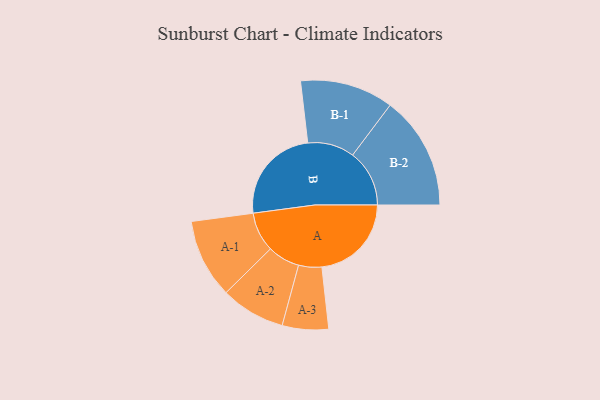
{"axis": {"x": "Segment", "y": "Value"}, "legend": ["", "A", "B"], "data": [{"x": "A", "y": 391, "type": ""}, {"x": "B", "y": 425, "type": ""}, {"x": "A-1", "y": 173, "type": "A"}, {"x": "A-2", "y": 141, "type": "A"}, {"x": "A-3", "y": 101, "type": "A"}, {"x": "B-1", "y": 204, "type": "B"}, {"x": "B-2", "y": 248, "type": "B"}]}